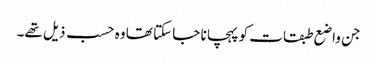
جن واضع طبقات کو پہچانا جا سکتا تھا وہ حسب ذیل تھے۔